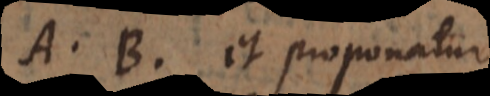
A, B et proponatur